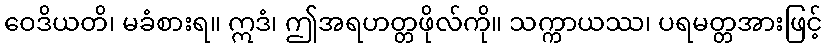
ဝေဒိယတိ၊ မခံစားရ။ ဣဒံ၊ ဤအရဟတ္တဖိုလ်ကို။ သက္ကာယဿ၊ ပရမတ္တအားဖြင့်